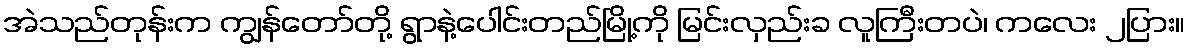
အဲသည်တုန်းက ကျွန်တော်တို့ ရွာနဲ့ပေါင်းတည်မြို့ကို မြင်းလှည်းခ လူကြီးတပဲ၊ ကလေး ၂ပြား။